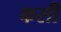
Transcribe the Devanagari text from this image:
कसीं